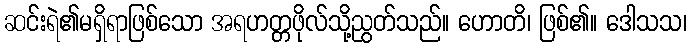
ဆင်းရဲ၏မရှိရာဖြစ်သော အရဟတ္တဖိုလ်သို့ညွတ်သည်။ ဟောတိ၊ ဖြစ်၏။ ဒေါသသ၊